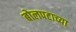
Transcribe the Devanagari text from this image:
बोलपटाच्या